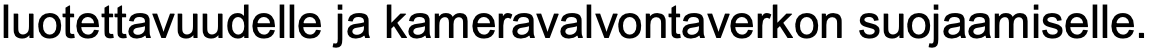
luotettavuudelle ja kameravalvontaverkon suojaamiselle.